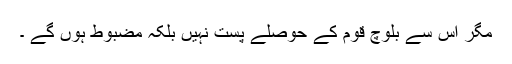
مگر اس سے بلوچ قوم کے حوصلے پست نہیں بلکہ مضبوط ہوں گے ۔